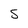
Character: 5